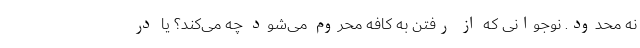
نه محدود. نوجوانی که از رفتن به کافه محروم می‌شود چه می‌کند؟ یا در